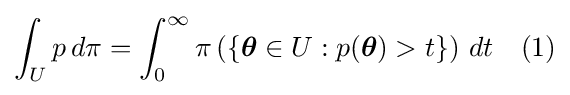
\int _{U}p\,d\pi =\int _{0}^{\infty }\pi \left(\{{\boldsymbol {\theta }}\in U:p({\boldsymbol {\theta }})>t\}\right)\,dt\quad (1)